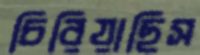
চিরিয়াছিস